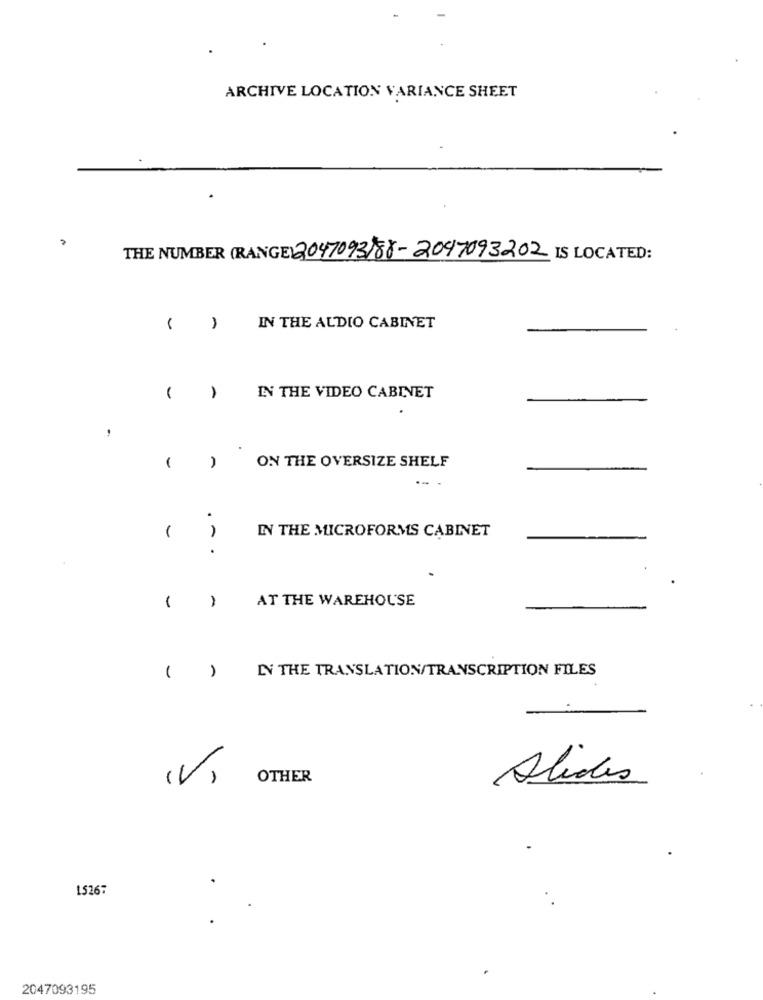
ARCHIVE LOCATION VARIANCE SHEET
THE NUMBER (RANGE) 2047093)88-2097093202 IS LOCATED:
( )
IN THE AUDIO CABINET
IN THE VIDEO CABINET
-
ON THE OVERSIZE SHELF
.
IN THE MICROFORMS CABINET
. -
.
AT THE WAREHOUSE
1
-
IN THE TRANSLATION/TRANSCRIPTION FILES
( )
(V)
OTHER
Alides
15267
2047093195